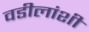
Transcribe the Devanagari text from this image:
वडीलांशी